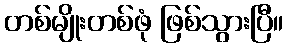
တစ်မျိုးတစ်ဖုံ ဖြစ်သွားပြီ။